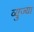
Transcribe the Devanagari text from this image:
व्युज्या